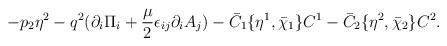
LaTeX: \begin{align*}-p_2\eta ^2-q^2(\partial _i\Pi _i+{\mu\over 2}\epsilon_{ij}\partial _iA_j )-\bar C_1\{\eta ^1,\bar\chi _1\}C^1 -\bar C_2\{\eta ^2,\bar\chi _2\}C^2.\end{align*}